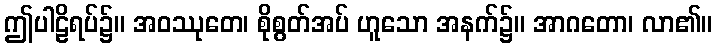
ဤပါဠိရပ်၌။ အဝဿုတေ၊ စိုစွတ်အပ် ဟူသော အနက်၌။ အာဂတော၊ လာ၏။